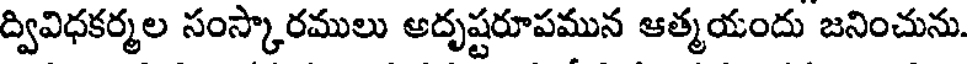
ద్వివిధకర్మల సంస్కారములు అదృష్టరూపమున ఆత్మయందు జనించును.